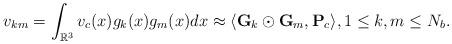
LaTeX: \begin{align*} {v}_{km}= \int_{\mathbb{R}^3} v_c(x) {g}_k(x) {g}_m(x) dx \approx \langle {\bf G}_k \odot {\bf G}_m , {\bf P}_{c}\rangle, 1\leq k, m \leq N_b.\end{align*}